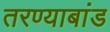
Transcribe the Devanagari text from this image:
तरण्याबांड